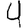
Digit: 4